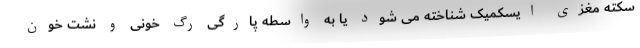
سکته مغزی ایسکمیک شناخته می شود یا به واسطه پارگی رگ خونی و نشت خون